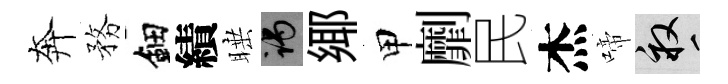
奔務鈿績睡谒鄊甲劘民杰啼畝